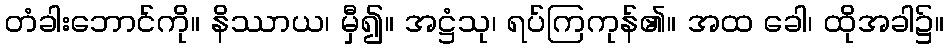
တံခါးဘောင်ကို။ နိဿာယ၊ မှီ၍။ အဋ္ဌံသု၊ ရပ်ကြကုန်၏။ အထ ခေါ၊ ထိုအခါ၌။